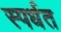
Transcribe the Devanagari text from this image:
स्पर्धत